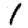
Digit: 1